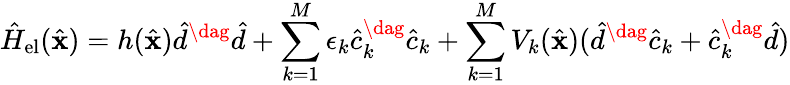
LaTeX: \hat{H}_{\mathrm{el}}(\hat{\mathbf{x}})=h(\hat{\mathbf{x}})\hat{d}^{\dag}\hat{d}+\sum_{k=1}^{M}\epsilon_{k}\hat{c}_{k}^{\dag}\hat{c}_{k}+\sum_{k=1}^{M}V_{k}(\hat{\mathbf{x}})(\hat{d}^{\dag}\hat{c}_{k}+\hat{c}_{k}^{\dag}\hat{d})